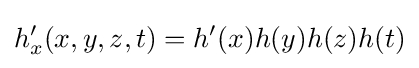
h_{x}'(x,y,z,t)=h'(x)h(y)h(z)h(t)